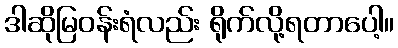
ဒါဆိုမြဝန်းရံလည်း ရိုက်လို့ရတာပေါ့။